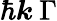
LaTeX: \hbar\boldsymbol{k}\: \Gamma